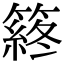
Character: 䈺